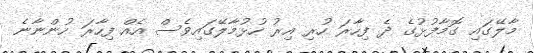
މާލޭގައި ގޮމާފުޅުގެ ދެ ފިހާރަ ހުރި އިރު ހުޅުމާލޭގައިވެސް އެއް ފިހާރަ ހުންނާނެ